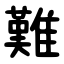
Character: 難